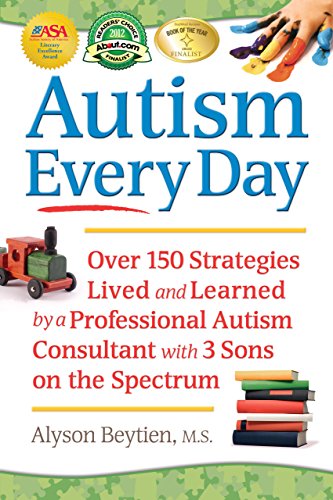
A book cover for Autism Every Day: Over 150 Strategies Lived and Learned by a Professional Autism Consultant with 3 Sons on the Spectrum; Alyson Beytien; Health, Fitness & Dieting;